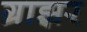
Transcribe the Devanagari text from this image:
ग्राझर